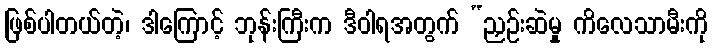
ဖြစ်ပါတယ်တဲ့၊ ဒါကြောင့် ဘုန်းကြီးက ဒီဝါရအတွက် “ညှဉ်းဆဲမှု ကိလေသာမီးကို